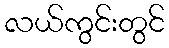
လယ်ကွင်းတွင်